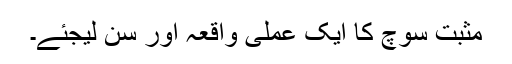
مثبت سوچ کا ایک عملی واقعہ اور سن لیجئے۔